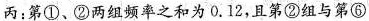
丙：第①、②两组频率之和为0.12，且第②组与第⑥